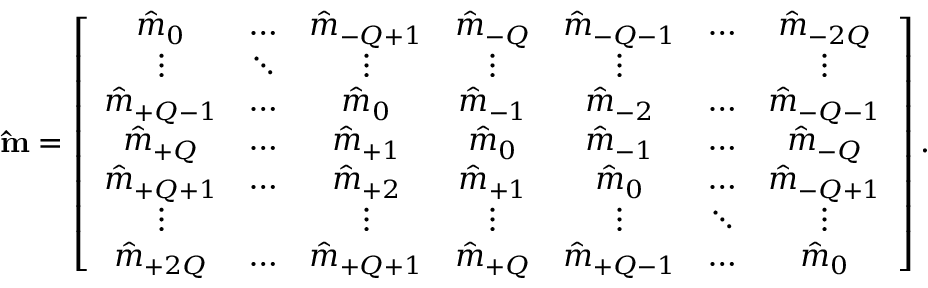
\mathbf { \hat { m } } = \left[ \begin{array} { c c c c c c c } { \hat { m } _ { 0 } } & { \hdots } & { \hat { m } _ { - Q + 1 } } & { \hat { m } _ { - Q } } & { \hat { m } _ { - Q - 1 } } & { \hdots } & { \hat { m } _ { - 2 Q } } \\ { \vdots } & { \ddots } & { \vdots } & { \vdots } & { \vdots } & & { \vdots } \\ { \hat { m } _ { + Q - 1 } } & { \hdots } & { \hat { m } _ { 0 } } & { \hat { m } _ { - 1 } } & { \hat { m } _ { - 2 } } & { \hdots } & { \hat { m } _ { - Q - 1 } } \\ { \hat { m } _ { + Q } } & { \hdots } & { \hat { m } _ { + 1 } } & { \hat { m } _ { 0 } } & { \hat { m } _ { - 1 } } & { \hdots } & { \hat { m } _ { - Q } } \\ { \hat { m } _ { + Q + 1 } } & { \hdots } & { \hat { m } _ { + 2 } } & { \hat { m } _ { + 1 } } & { \hat { m } _ { 0 } } & { \hdots } & { \hat { m } _ { - Q + 1 } } \\ { \vdots } & & { \vdots } & { \vdots } & { \vdots } & { \ddots } & { \vdots } \\ { \hat { m } _ { + 2 Q } } & { \hdots } & { \hat { m } _ { + Q + 1 } } & { \hat { m } _ { + Q } } & { \hat { m } _ { + Q - 1 } } & { \hdots } & { \hat { m } _ { 0 } } \end{array} \right] .